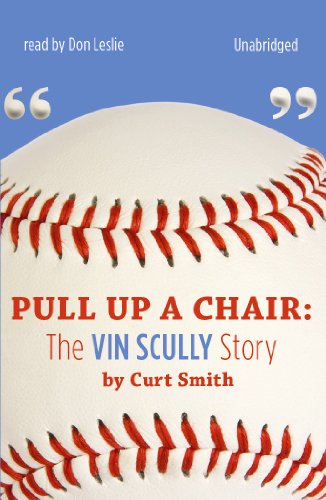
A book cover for Pull Up a Chair: The Vin Scully Story; Curt Smith; Sports & Outdoors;